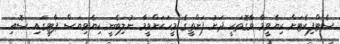
ސެޓްފިކެޓަށް ކިޔެވީމާ ވާގޮތަކީ ދަށު ފަންތީގެ މީހަކަށްވީމާ ނުލިބެނީ ކިޔެވިޔަސް ޕާޓީގައި ސޮއި